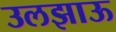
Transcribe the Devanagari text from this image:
उलझाऊ